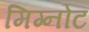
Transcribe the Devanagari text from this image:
मिग्नोट